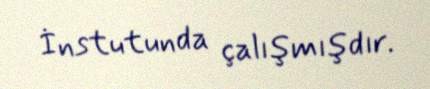
İnstutunda çalışmışdır.